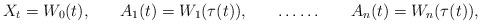
LaTeX: \begin{align*}& X_{t} = W_{0} (t), & A_{1} (t)= W_{1} ( \tau (t) ), && \ldots \ldots && A_{n} (t)= W_{n} ( \tau (t)),\end{align*}